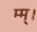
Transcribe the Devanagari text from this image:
म्म्।